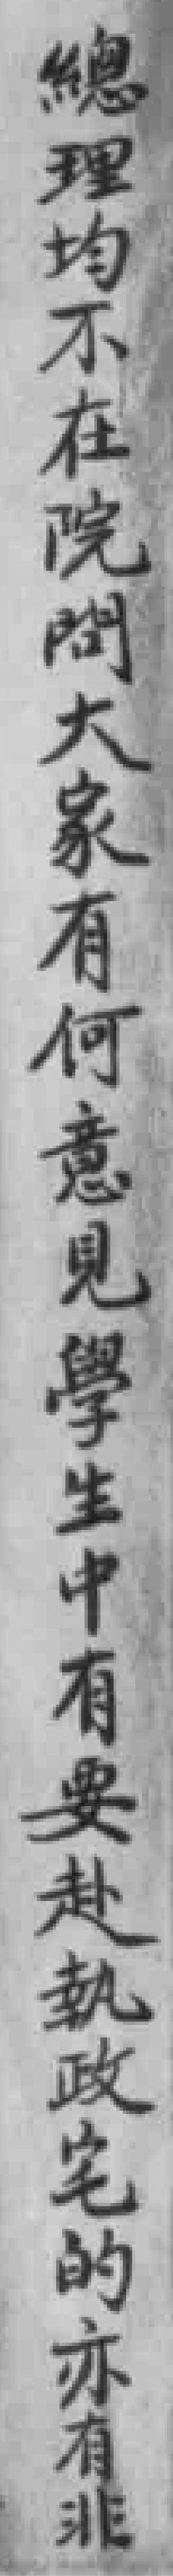
總理均不在院問大家有何意見學生中有要赴執政宅的亦有非